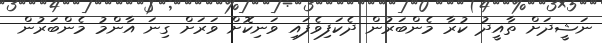
ނަޝީދަށް ތާއީދު ކުރާ މެންބަރުން ދެކަފިވެފައި ވަނިކޮށް ވަރަށް ގިނަ އާންމު މެންބަރުން